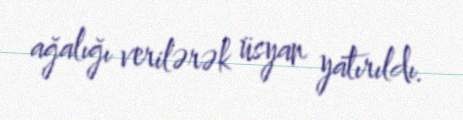
ağalığı verilərək üsyan yatırıldı.